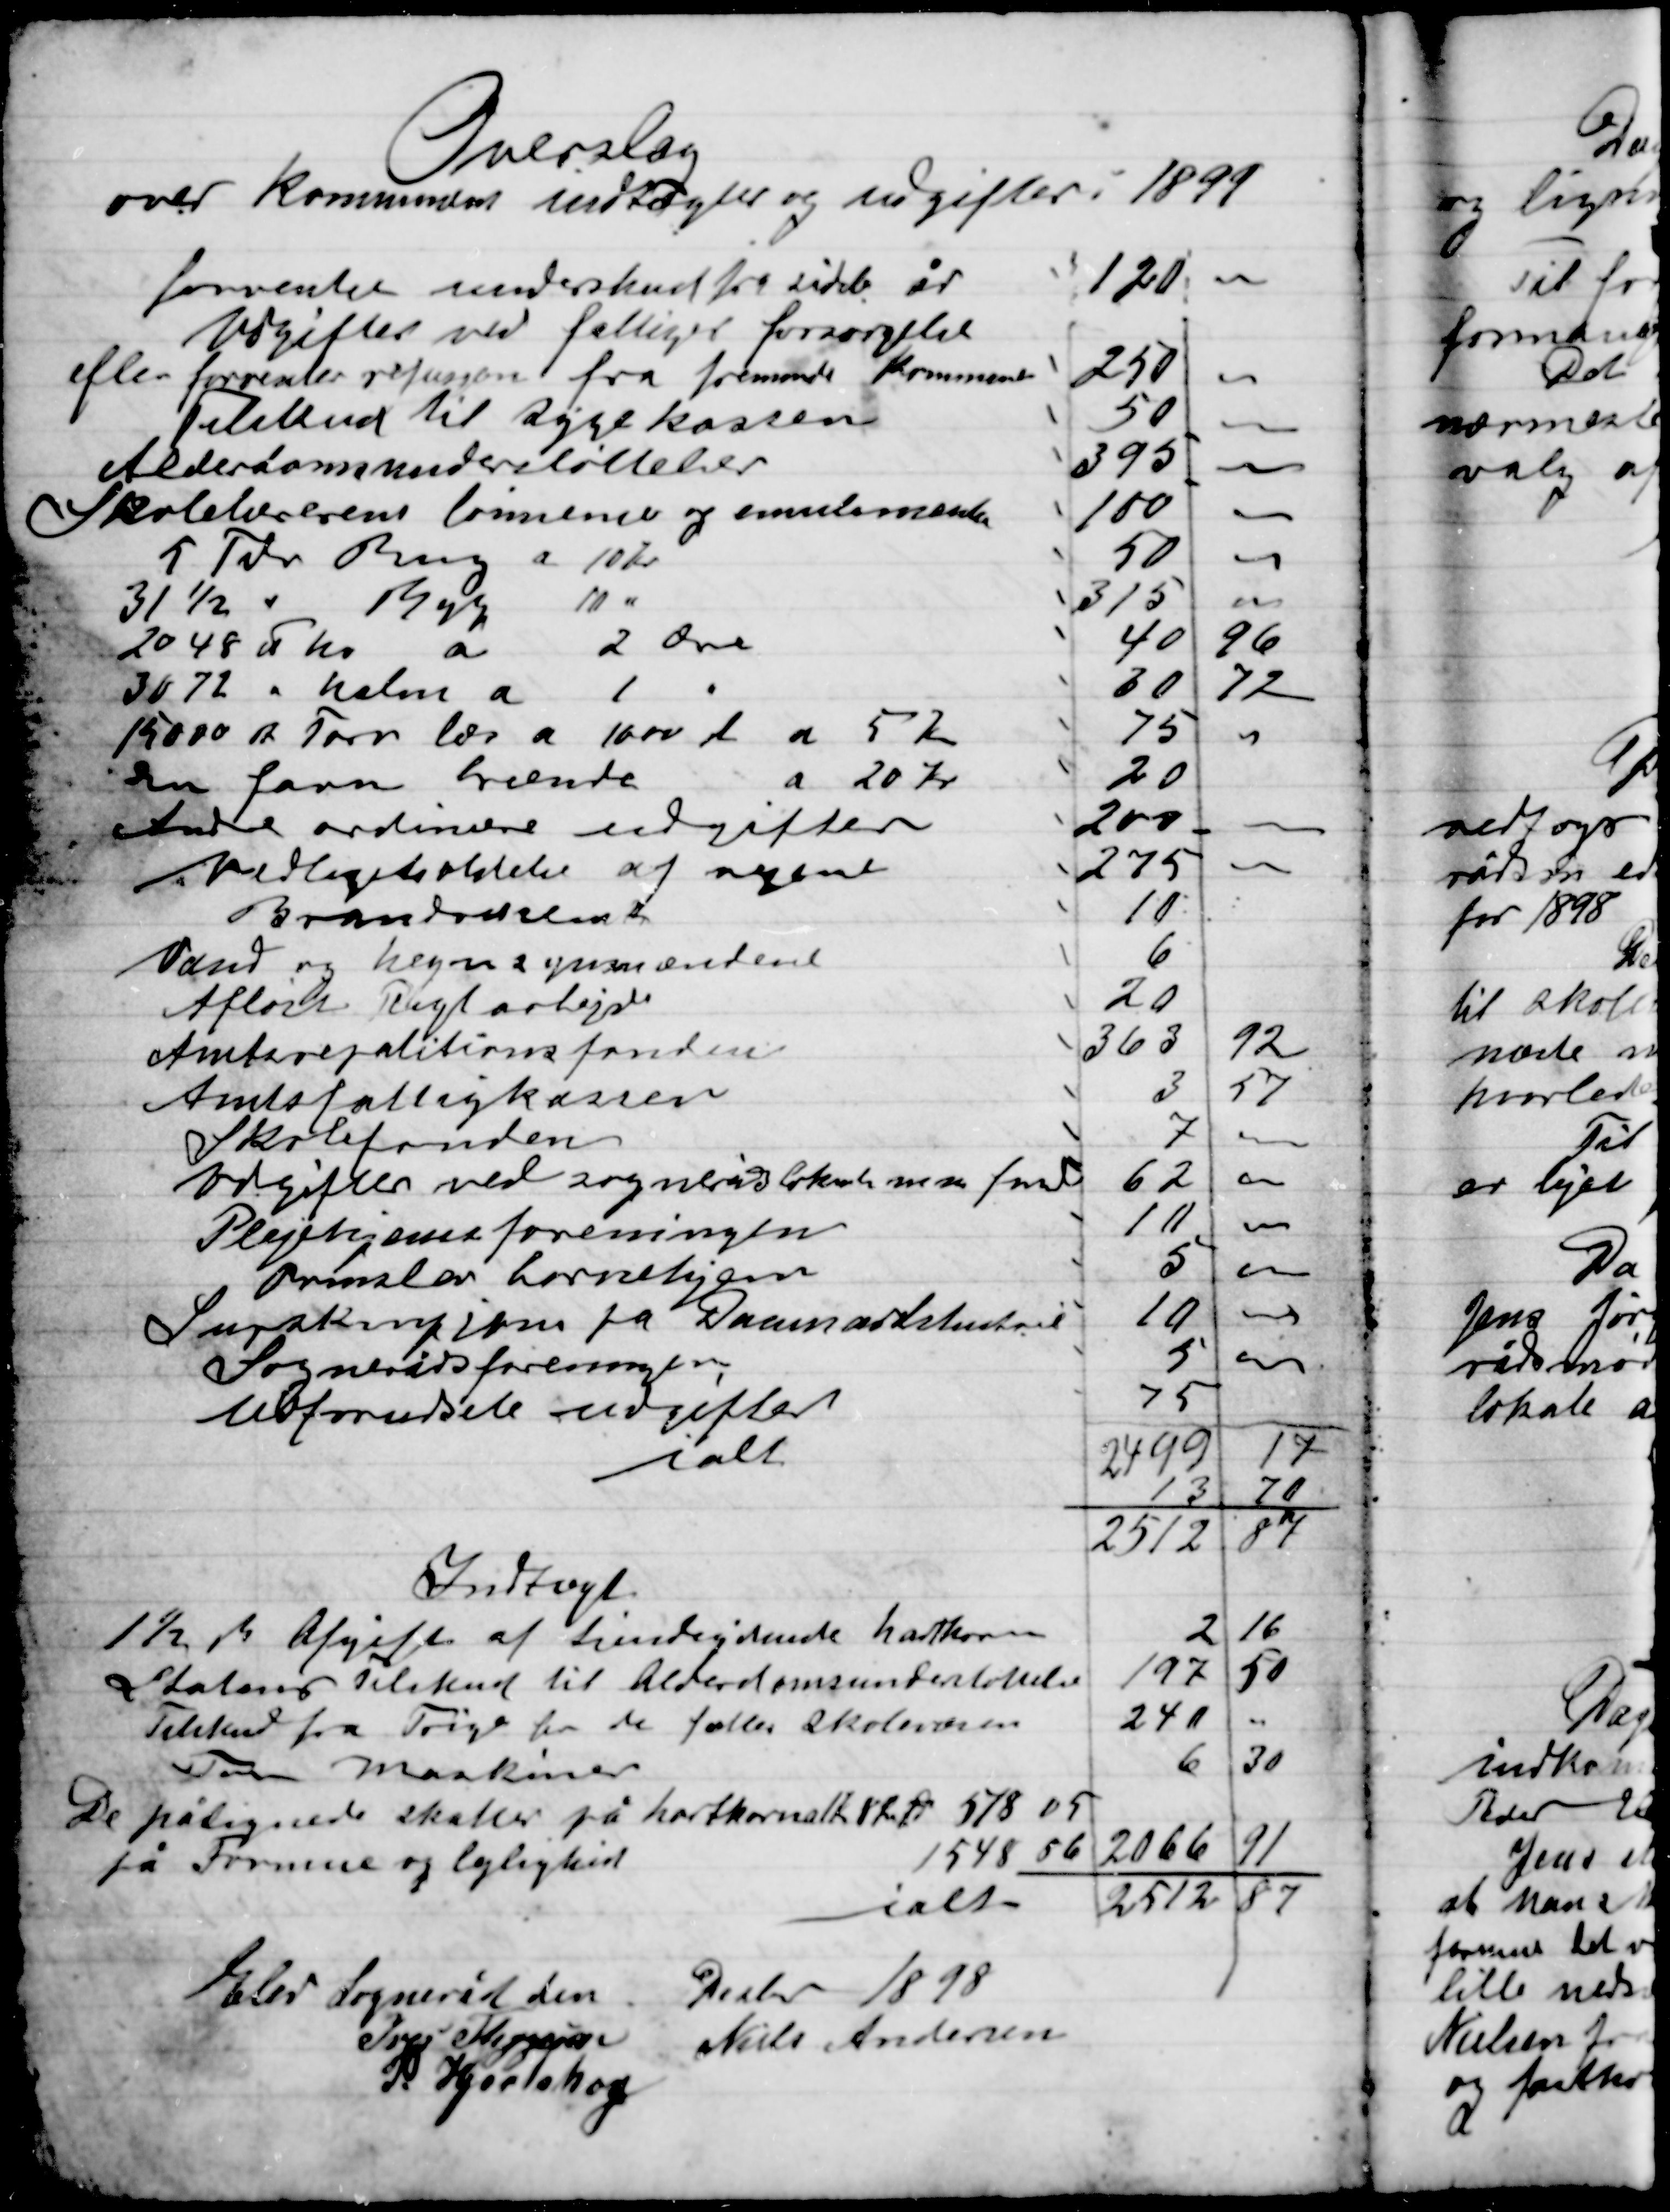
Transskription:
Elev Sogneråd den
Decbr 1898

Ivar Thygesen
Niels Andersen
P. Hjortshøj